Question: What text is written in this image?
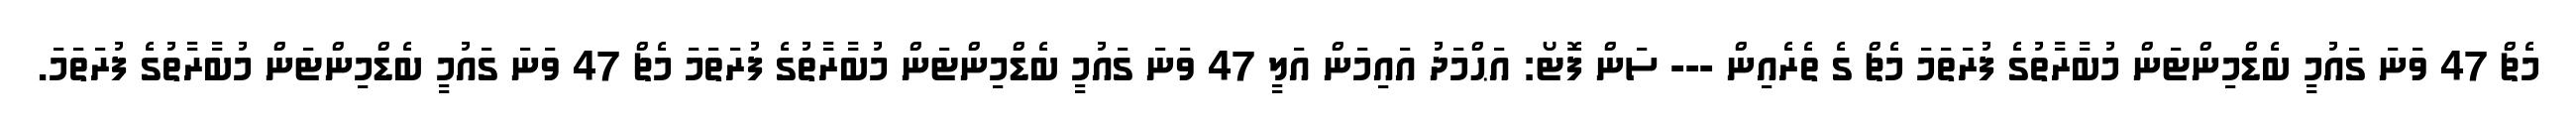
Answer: މެޗް 47 ވަނަ ގައުމީ ބެޑްމިންޓަން މުބާރާތުގެ ފުރަތަމަ މެޗް ގެ ތެރެއިން --- ސަން ފޮޓޯ: އަޙްމަދު އައިމަން އަލީ 47 ވަނަ ގައުމީ ބެޑްމިންޓަން މުބާރާތުގެ ފުރަތަމަ މެޗް 47 ވަނަ ގައުމީ ބެޑްމިންޓަން މުބާރާތުގެ ފުރަތަމަ.